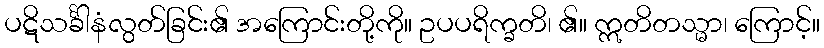
ပဋိသင်္ခါနံလွတ်ခြင်း၏ အကြောင်းတို့ကို။ ဥပပရိက္ခတိ၊ ၏။ ဣတိတသ္မာ၊ ကြောင့်။